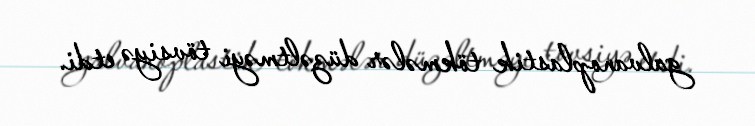
galvanoplastik tökmələr düzəltməyi tövsiyə etdi.